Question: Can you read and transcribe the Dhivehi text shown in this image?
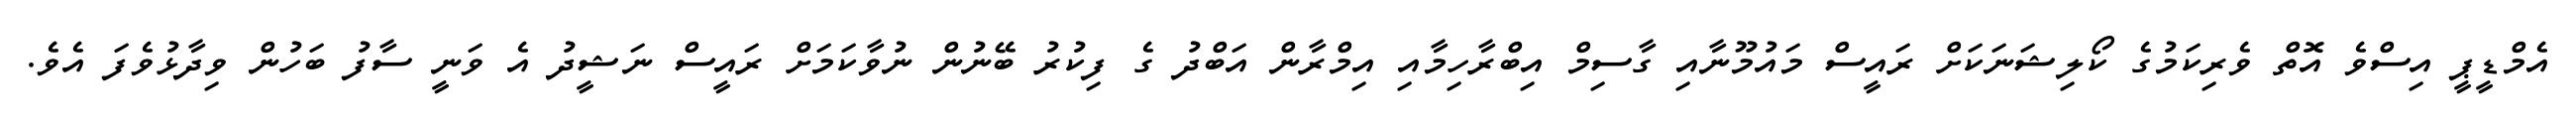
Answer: އެމްޑީޕީ އިސްވެ އޮތް ވެރިކަމުގެ ކޯލިޝަނަކަށް ރައީސް މައުމޫނާއި ގާސިމް އިބްރާހިމާއި އިމްރާން އަބްދު ގެ ފިކުރު ބޭނުން ނުވާކަމަށް ރައީސް ނަޝީދު އެ ވަނީ ސާފު ބަހުން ވިދާޅުވެފަ އެވެ.